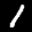
Label: 1